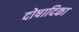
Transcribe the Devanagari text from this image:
दोषादिका